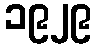
၁၉၂၉